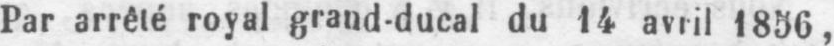
Par arrêté royal grand-ducal du 14 avril 1856,